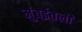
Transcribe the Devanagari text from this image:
मुंबईतली